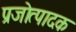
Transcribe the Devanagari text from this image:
प्रजोत्पादक